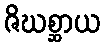
ဇိဃစ္ဆာယ